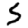
Digit: 5